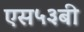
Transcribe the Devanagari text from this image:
एस५३बी